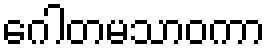
ဂေါတမသာဝကာ